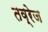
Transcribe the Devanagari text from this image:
तव्रेज